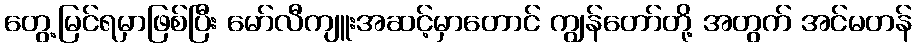
တွေ့မြင်ရမှာဖြစ်ပြီး မော်လီကျူးအဆင့်မှာတောင် ကျွန်တော်တို့ အတွက် အင်မတန်